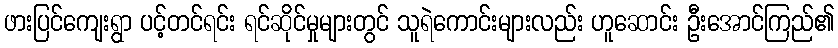
ဖားပြင်ကျေးရွာ ပင့်တင်ရင်း ရင်ဆိုင်မှုများတွင် သူရဲကောင်းများလည်း ဟူဆောင်း ဦးအောင်ကြည်၏